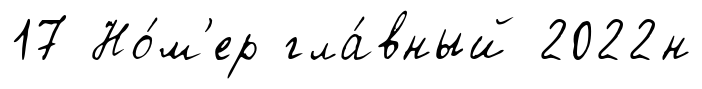
17 Но́м'ер гла́вный 2022н